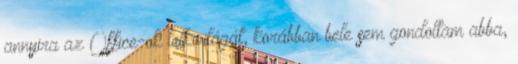
annyira az Office-ok lelkivilágát, korábban bele sem gondoltam abba,